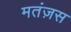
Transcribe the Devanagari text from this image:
मतंज़स